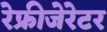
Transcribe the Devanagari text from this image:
रेफ्रीजेरेटर